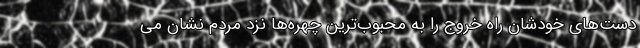
دست‌های خودشان راه خروج را به محبوب‌ترین چهره‌ها نزد مردم نشان می